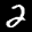
Label: 2